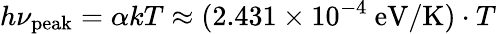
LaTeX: h\nu_{\mathrm{peak}}=\alpha kT\approx(2.431\times 10^{-4}\ \mathrm{eV/K})\cdot T